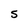
Character: S